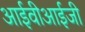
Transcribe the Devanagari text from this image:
आईवीआईजी